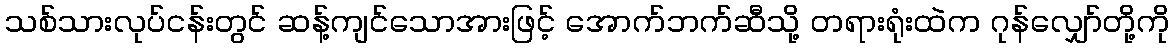
သစ်သားလုပ်ငန်းတွင် ဆန့်ကျင်သောအားဖြင့် အောက်ဘက်ဆီသို့ တရားရုံးထဲက ဂုန်လျှော်တို့ကို